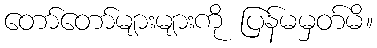
တော်တော်များများကို ပြန်မမှတ်မိ။